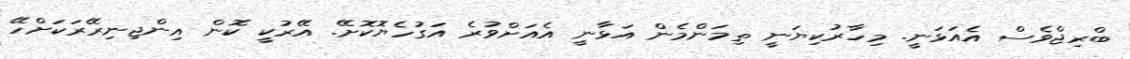
ބްރިޖްވެސް އެއަޅަނީ. މިހާރުކިޔަނީ ތިމަންމެން އަޅާނީ އެއަށްވުރެ އަގުހެޔޮކޮށޭ. އޭރުކީ ކޮން އިންޖިނިރޭރަކަށްހޭ